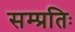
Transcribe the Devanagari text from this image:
सम्प्रतिः